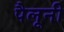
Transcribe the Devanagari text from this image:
पैलूनी